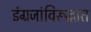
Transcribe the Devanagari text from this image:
इंग्रजांविरूद्धात